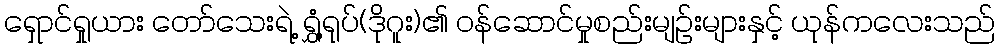
ရှောင်ရှုယား တော်သေးရဲ့ ရွှံ့ရုပ်(ဒိုဂူး)၏ ဝန်ဆောင်မှုစည်းမျဉ်းများနှင့် ယုန်ကလေးသည်